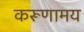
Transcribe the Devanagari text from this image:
करूणामय